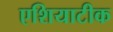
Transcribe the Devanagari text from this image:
एशियाटीक